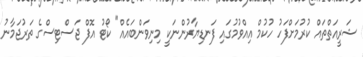
ޝަރީއަތްތައް ކުރުމަށްފަހު ހުކުމް އިއްވުމުގައި ފަނޑިޔާރުންނަކީ މިނިވަންބައެއް" ކޯޓު އޮފް ޖަސްޓިސްގެ ތަރުޖަމާނު